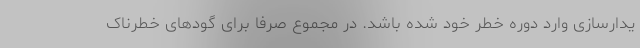
یدارسازی وارد دوره خطر خود شده باشد. در مجموع صرفا برای گودهای خطرناک